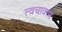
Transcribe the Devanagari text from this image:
त्वचावरण